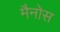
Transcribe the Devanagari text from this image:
मैनोस